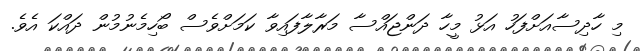
މި ހާދިސާއަށްފަހު އަޅު މީހާ ދަންޖައްސާ މަރާލާފައިވާ ކަމަށްވެސް ބޯހިމެނުމުން ދައްކަ އެވެ.